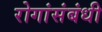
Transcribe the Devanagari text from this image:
रोगांसंबंधी